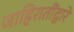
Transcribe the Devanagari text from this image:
जाहिरातींद्वारे